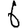
Digit: 6